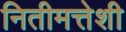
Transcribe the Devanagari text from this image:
नितीमत्तेशी